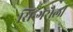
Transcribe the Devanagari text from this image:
सिन्गरौली